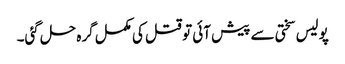
پولیس سختی سے پیش آئی تو قتل کی مکمل گرہ حل گئی۔